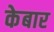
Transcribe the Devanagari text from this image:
केबार